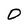
Character: 0